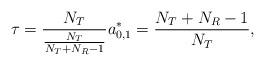
LaTeX: \begin{align*}\tau=\frac{N_T}{\frac{N_T}{N_T+N_R-1}}a^*_{0,1}=\frac{N_T+N_R-1}{N_T},\end{align*}